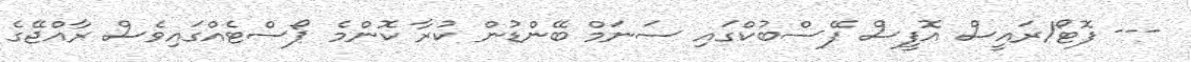
--- ފޮޓޯ/ރައީސް އޮފީސް ފޭސްބުކްގައި ސަނަމް ބޭންޑުން ކުރާ ކޮންމެ ޕޯސްޓެއްގައިވެސް ރާއްޖޭގެ